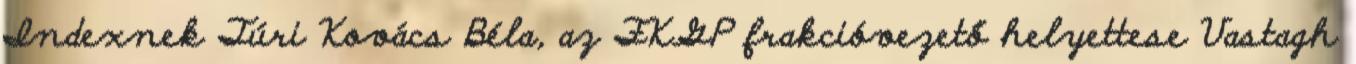
Indexnek Túri Kovács Béla, az FKGP frakcióvezető helyettese Vastagh